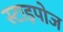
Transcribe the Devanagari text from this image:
स्टाइपोज